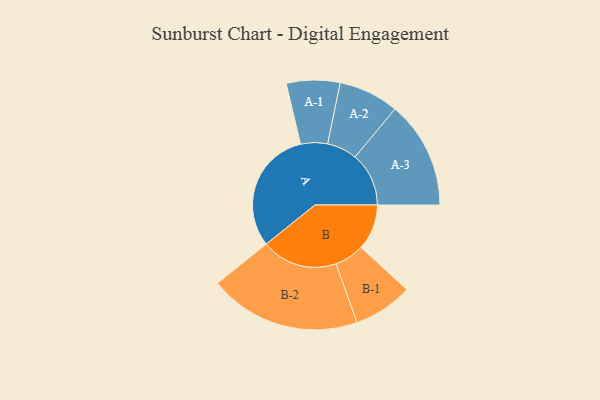
{"axis": {"x": "Segment", "y": "Value"}, "legend": ["", "A", "B"], "data": [{"x": "A", "y": 471, "type": ""}, {"x": "B", "y": 174, "type": ""}, {"x": "A-1", "y": 102, "type": "A"}, {"x": "A-2", "y": 115, "type": "A"}, {"x": "A-3", "y": 205, "type": "A"}, {"x": "B-1", "y": 113, "type": "B"}, {"x": "B-2", "y": 290, "type": "B"}]}